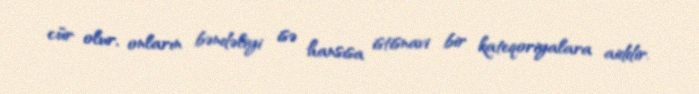
cür olur, onların bəndəliyi isə hansısa istisnavi bir kateqoriyalara aiddir.